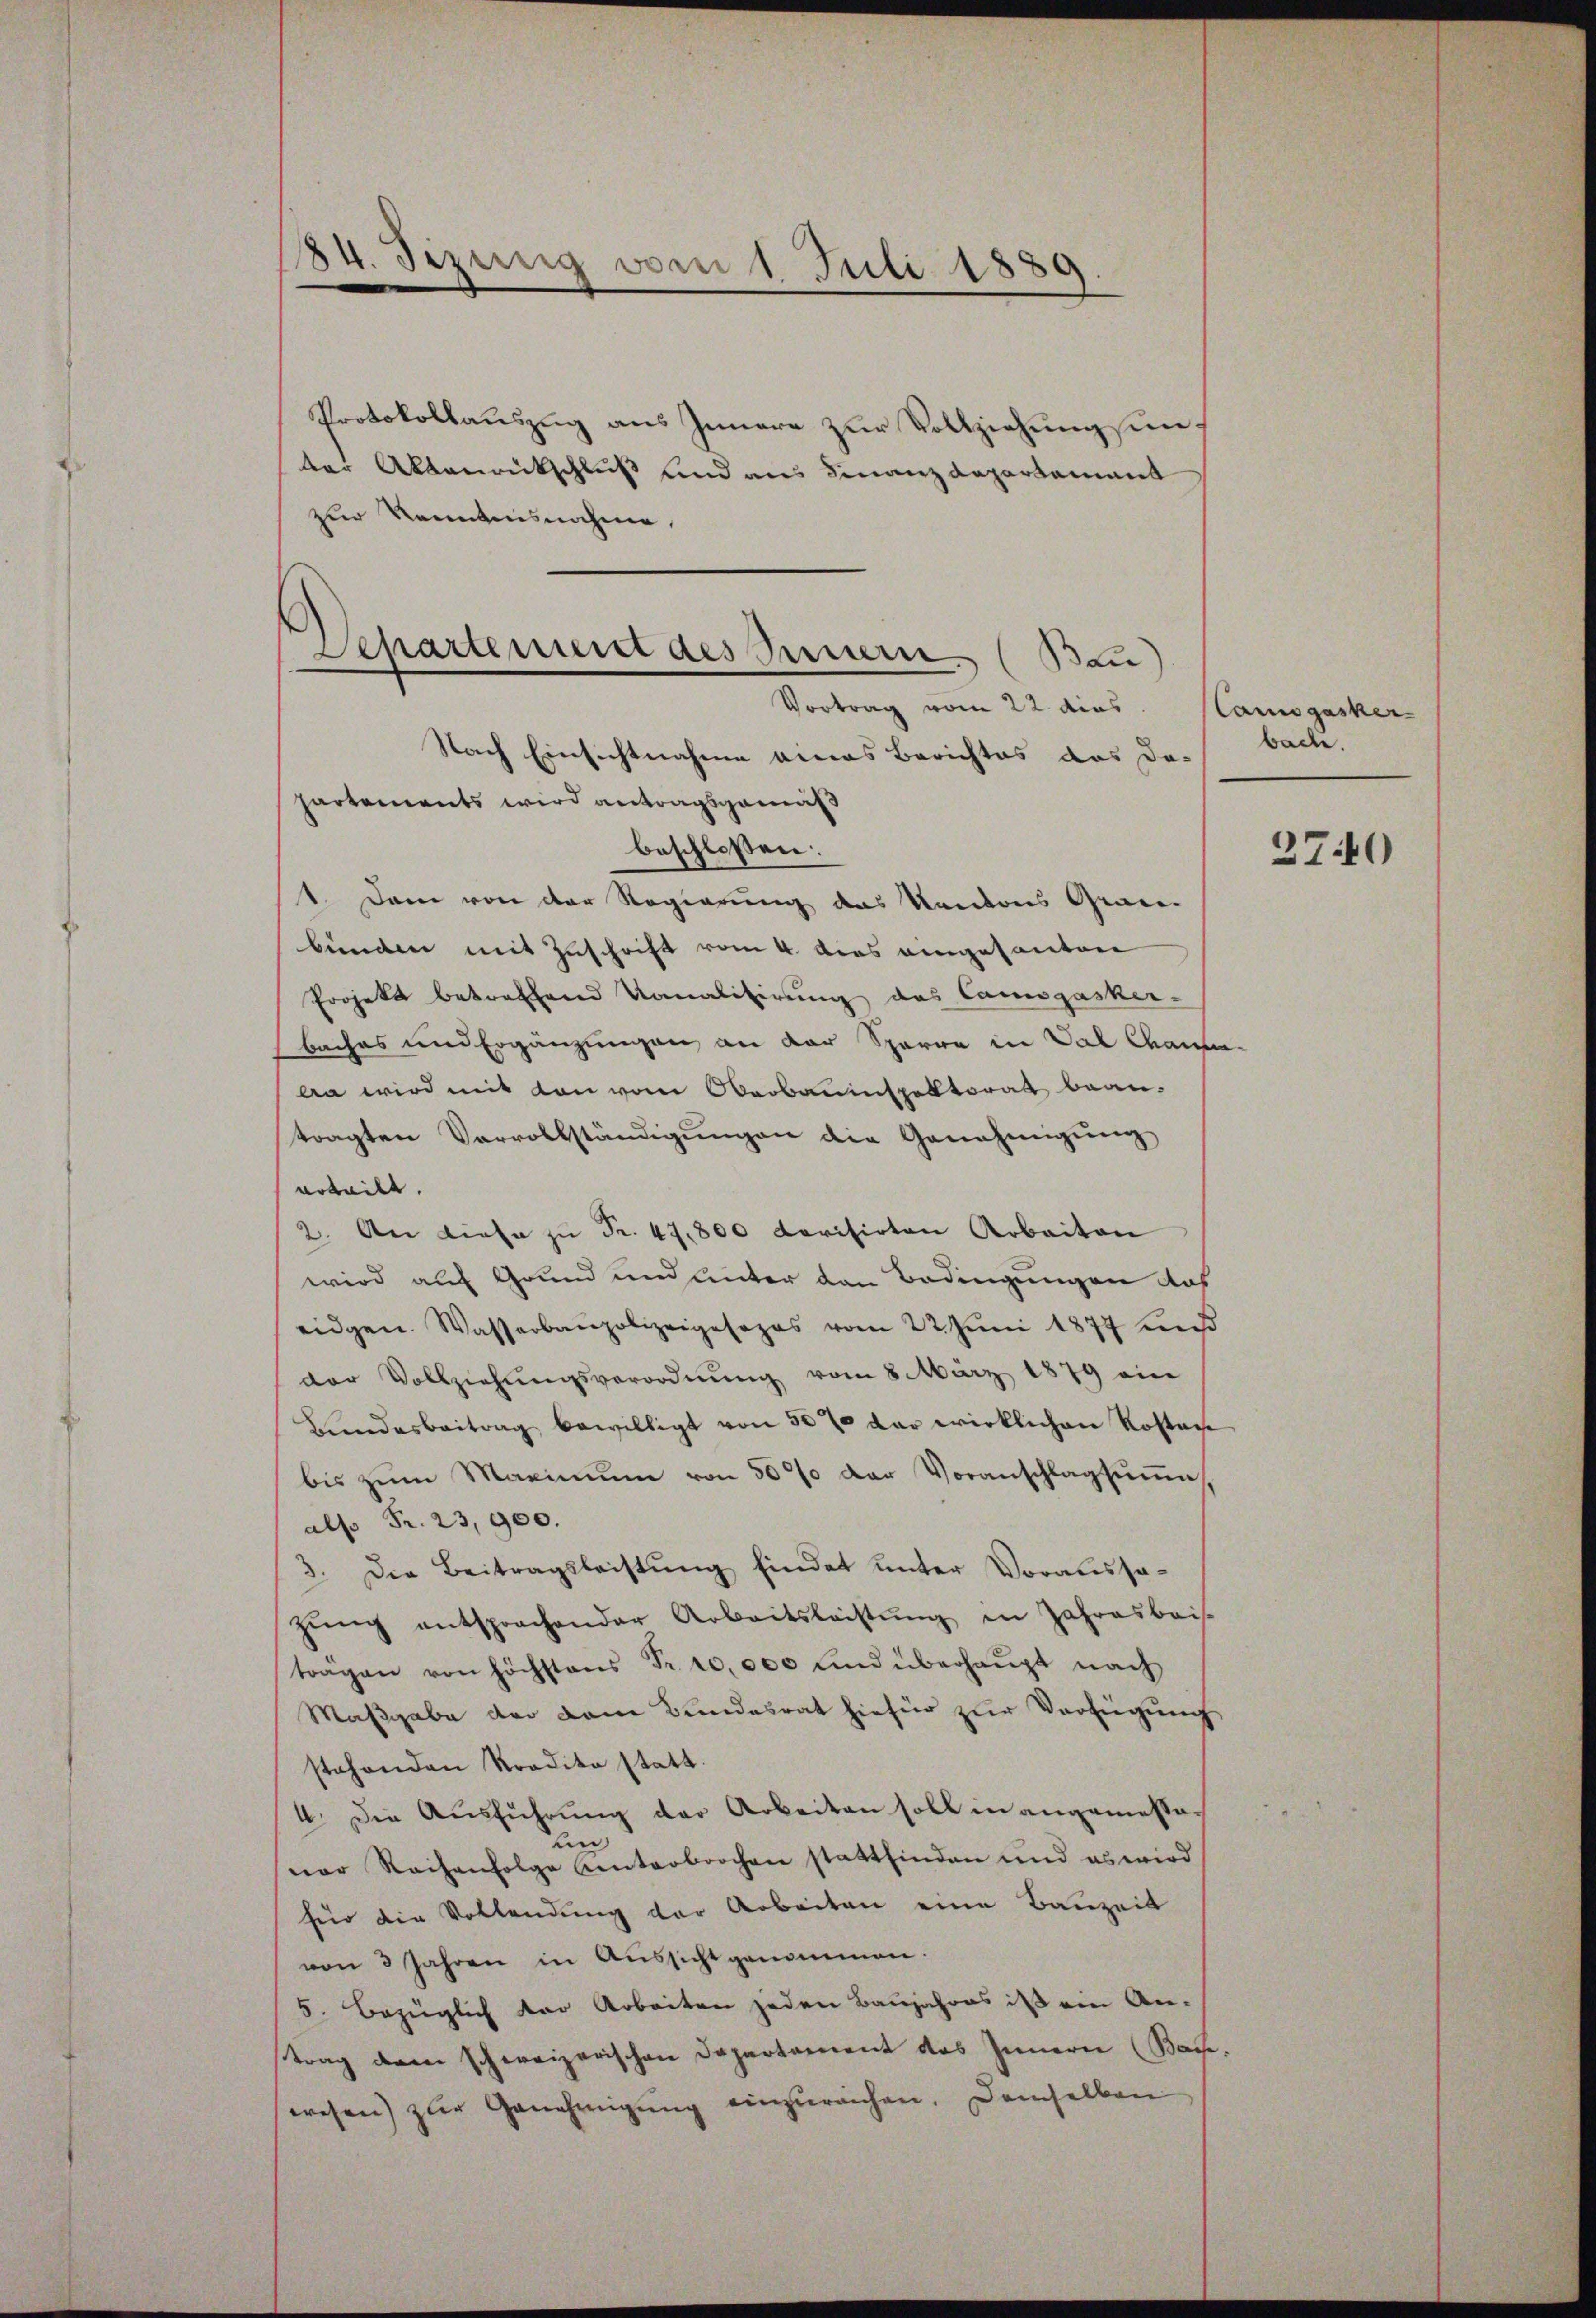
84. Sizung vom 1 Juli 1889

Protokollauszug aus Innere zur Vollziehung sunder Abbaurückschluß und aus Finanzdepartement
zur Verentesnahme,
(Bau
Nach Einsichtnahme eines Berichtes das da-
partements wird antragsgemäß
beschloßen:
1. Dann von der Regierung des Kantons Gene-
bünden mit Zuschrift vom 4. dies eingesanten
Projekt betreffend Kanalisirung des Canogasker-
baches und Ergänzungen an der Sparre in Val Canba wird mit von von Oberbauinspektorat bean-
tragten Vervollständigungen die Genehmigung
urteilt.
2. An diese zŭ Fr. 47,800 darisirten Arbeiten
wird auf Grund und unter den Bedingungen das
eidgen. Wasserbaupolizeigesezes vom 22. Juni 1877 und
der Vollziehŭngsverordnŭng vom 8. März 1879 ein
Bundesbeitrag bewilligt von 50 % der wirklichen Kosten
bis zŭm Maximŭm von 50% der Voranschlagsŭṁe
also Fr. 23,900.
3. Die Beitragsleistŭng findet unter Voraussa-
zŭng entsprochender Arbeitsleistŭng in Jahresbais.
trägen von höchstens Fr. 10,000 und überhaupt nach
Maßgabe der Dame Bundesrat hiefür zur Verfügung
stehenden Tradita statt.
4. Die Ausführung der Arbeiten soll in angemessen
ner Reihenfolge hinterbrochen stattfinden und es wird
für die Vollendung der Arbeiten eine Bauzeit
von 3 Jahren in Aussicht genommen.
5. Bezüglich der Arbeiten jeden Baujahres ist ein An-
trag dem schweizerischen Departament des Innern (Bache.
wesen) zur Genehmigŭng einzŭreichen. Demselben

Departement des Sauern
Vortrag vom 22. dies

Caugasker
backe.

2740